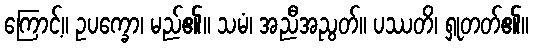
ကြောင့်။ ဥပက္ခော၊ မည်၏။ သမံ၊ အညီအညွတ်။ ပဿတိ၊ ရှုတတ်၏။